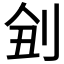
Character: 𠜋